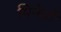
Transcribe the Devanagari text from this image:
मिनेर्वा